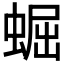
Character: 𧌑